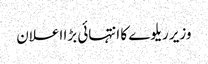
وزیر ریلوے کا انتہائی بڑا اعلان